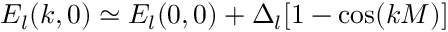
E _ { l } ( k , 0 ) \simeq E _ { l } ( 0 , 0 ) + \Delta _ { l } [ 1 - \cos ( k M ) ]